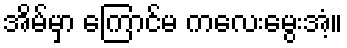
အိမ်မှာ ကြောင်မ ကလေးမွေးအံ့။